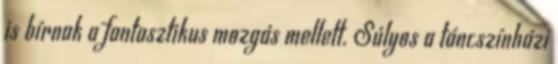
is bírnak a fantasztikus mozgás mellett. Súlyos a táncszínházi